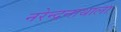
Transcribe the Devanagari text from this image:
नरेन्द्रनाथाला